Vaccination in Bombay 1863-1868 - 1863-1868
Year: 1863
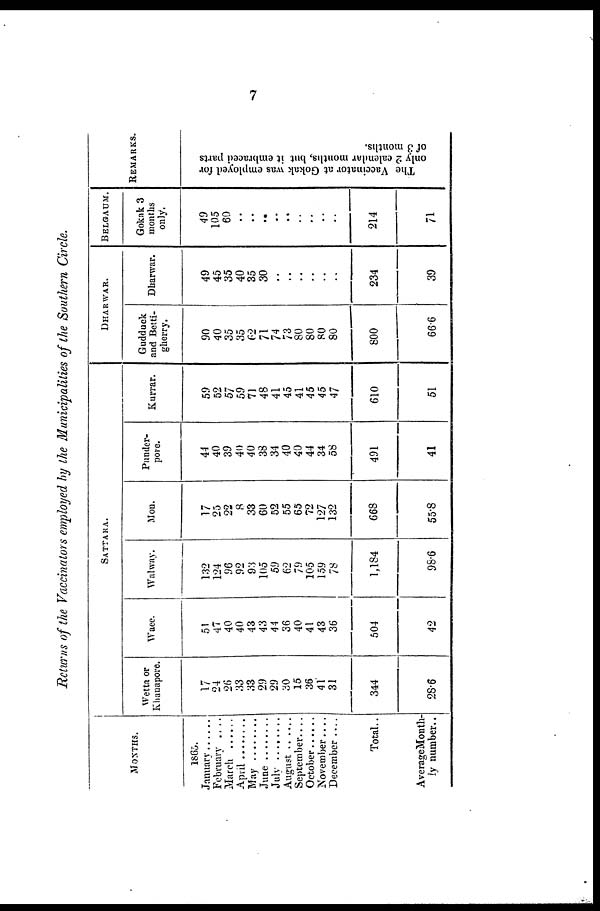
7
Returns of the Vaccinators employed by the Municipalities of the Southern Circle.
MONTHS.
1865.
January
February ....
March
April .......
May ..........
June ...........
July .........
August
September....
October ......
November....
December ....
Total..
AverageMonth¬
ly number..
SATTARA.
Wetta or
Khanapore.
17
24
26
33
33
29
29
30
15
36
41
31
344
28.6
Waee.
51
47
40
40
43
43
44
36
40
41
43
36
504
42
Walway.
132
124
96
92
93
105
59
62
79
105
159
78
1,184
98.6
Mon.
17
25
22
8
33
60
52
55
65
72
127
132
668
55.8
Punder¬
pore.
44
40
39
40
40
38
34
40
40
44
34
58
491
41
Kurrar.
59
52
57
59
71
48
41
45
41
45
45
47
610
51
DHARWAR.
Gudduck
and Betti-
gherry.
90
40
35
35
62
71
74
73
80
80
80
80
800
66.6
Dharwar.
49
45
35
40
35
30
..
..
..
..
..
..
234
39
BELGAUM.
Gokak 3
months
only.
49
105
60
..
..
..
..
..
..
..
..
..
214
71
REMARKS.
The Vaccinator at Gokak was employed for
only 2 calendar months, but it embraced parts
of 3 months.